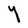
Character: Y